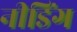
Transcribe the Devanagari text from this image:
नीडिंग